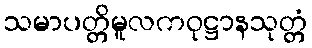
သမာပတ္တိမူလကဝုဋ္ဌာနသုတ္တံ